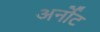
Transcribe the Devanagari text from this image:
अर्नोट